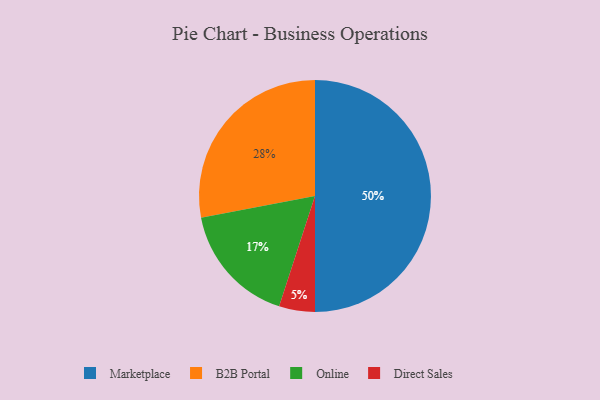
{"axis": {"x": "Category", "y": "Percentage"}, "legend": ["B2B Portal", "Direct Sales", "Marketplace", "Online"], "data": [{"x": "Marketplace", "y": 50, "type": "Marketplace"}, {"x": "Direct Sales", "y": 5, "type": "Direct Sales"}, {"x": "Online", "y": 17, "type": "Online"}, {"x": "B2B Portal", "y": 28, "type": "B2B Portal"}]}